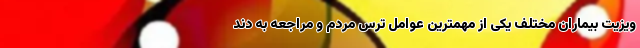
ویزیت بیماران مختلف یکی از مهمترین عوامل ترس مردم و مراجعه به دند